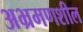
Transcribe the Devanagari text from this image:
अभ्रमणशील